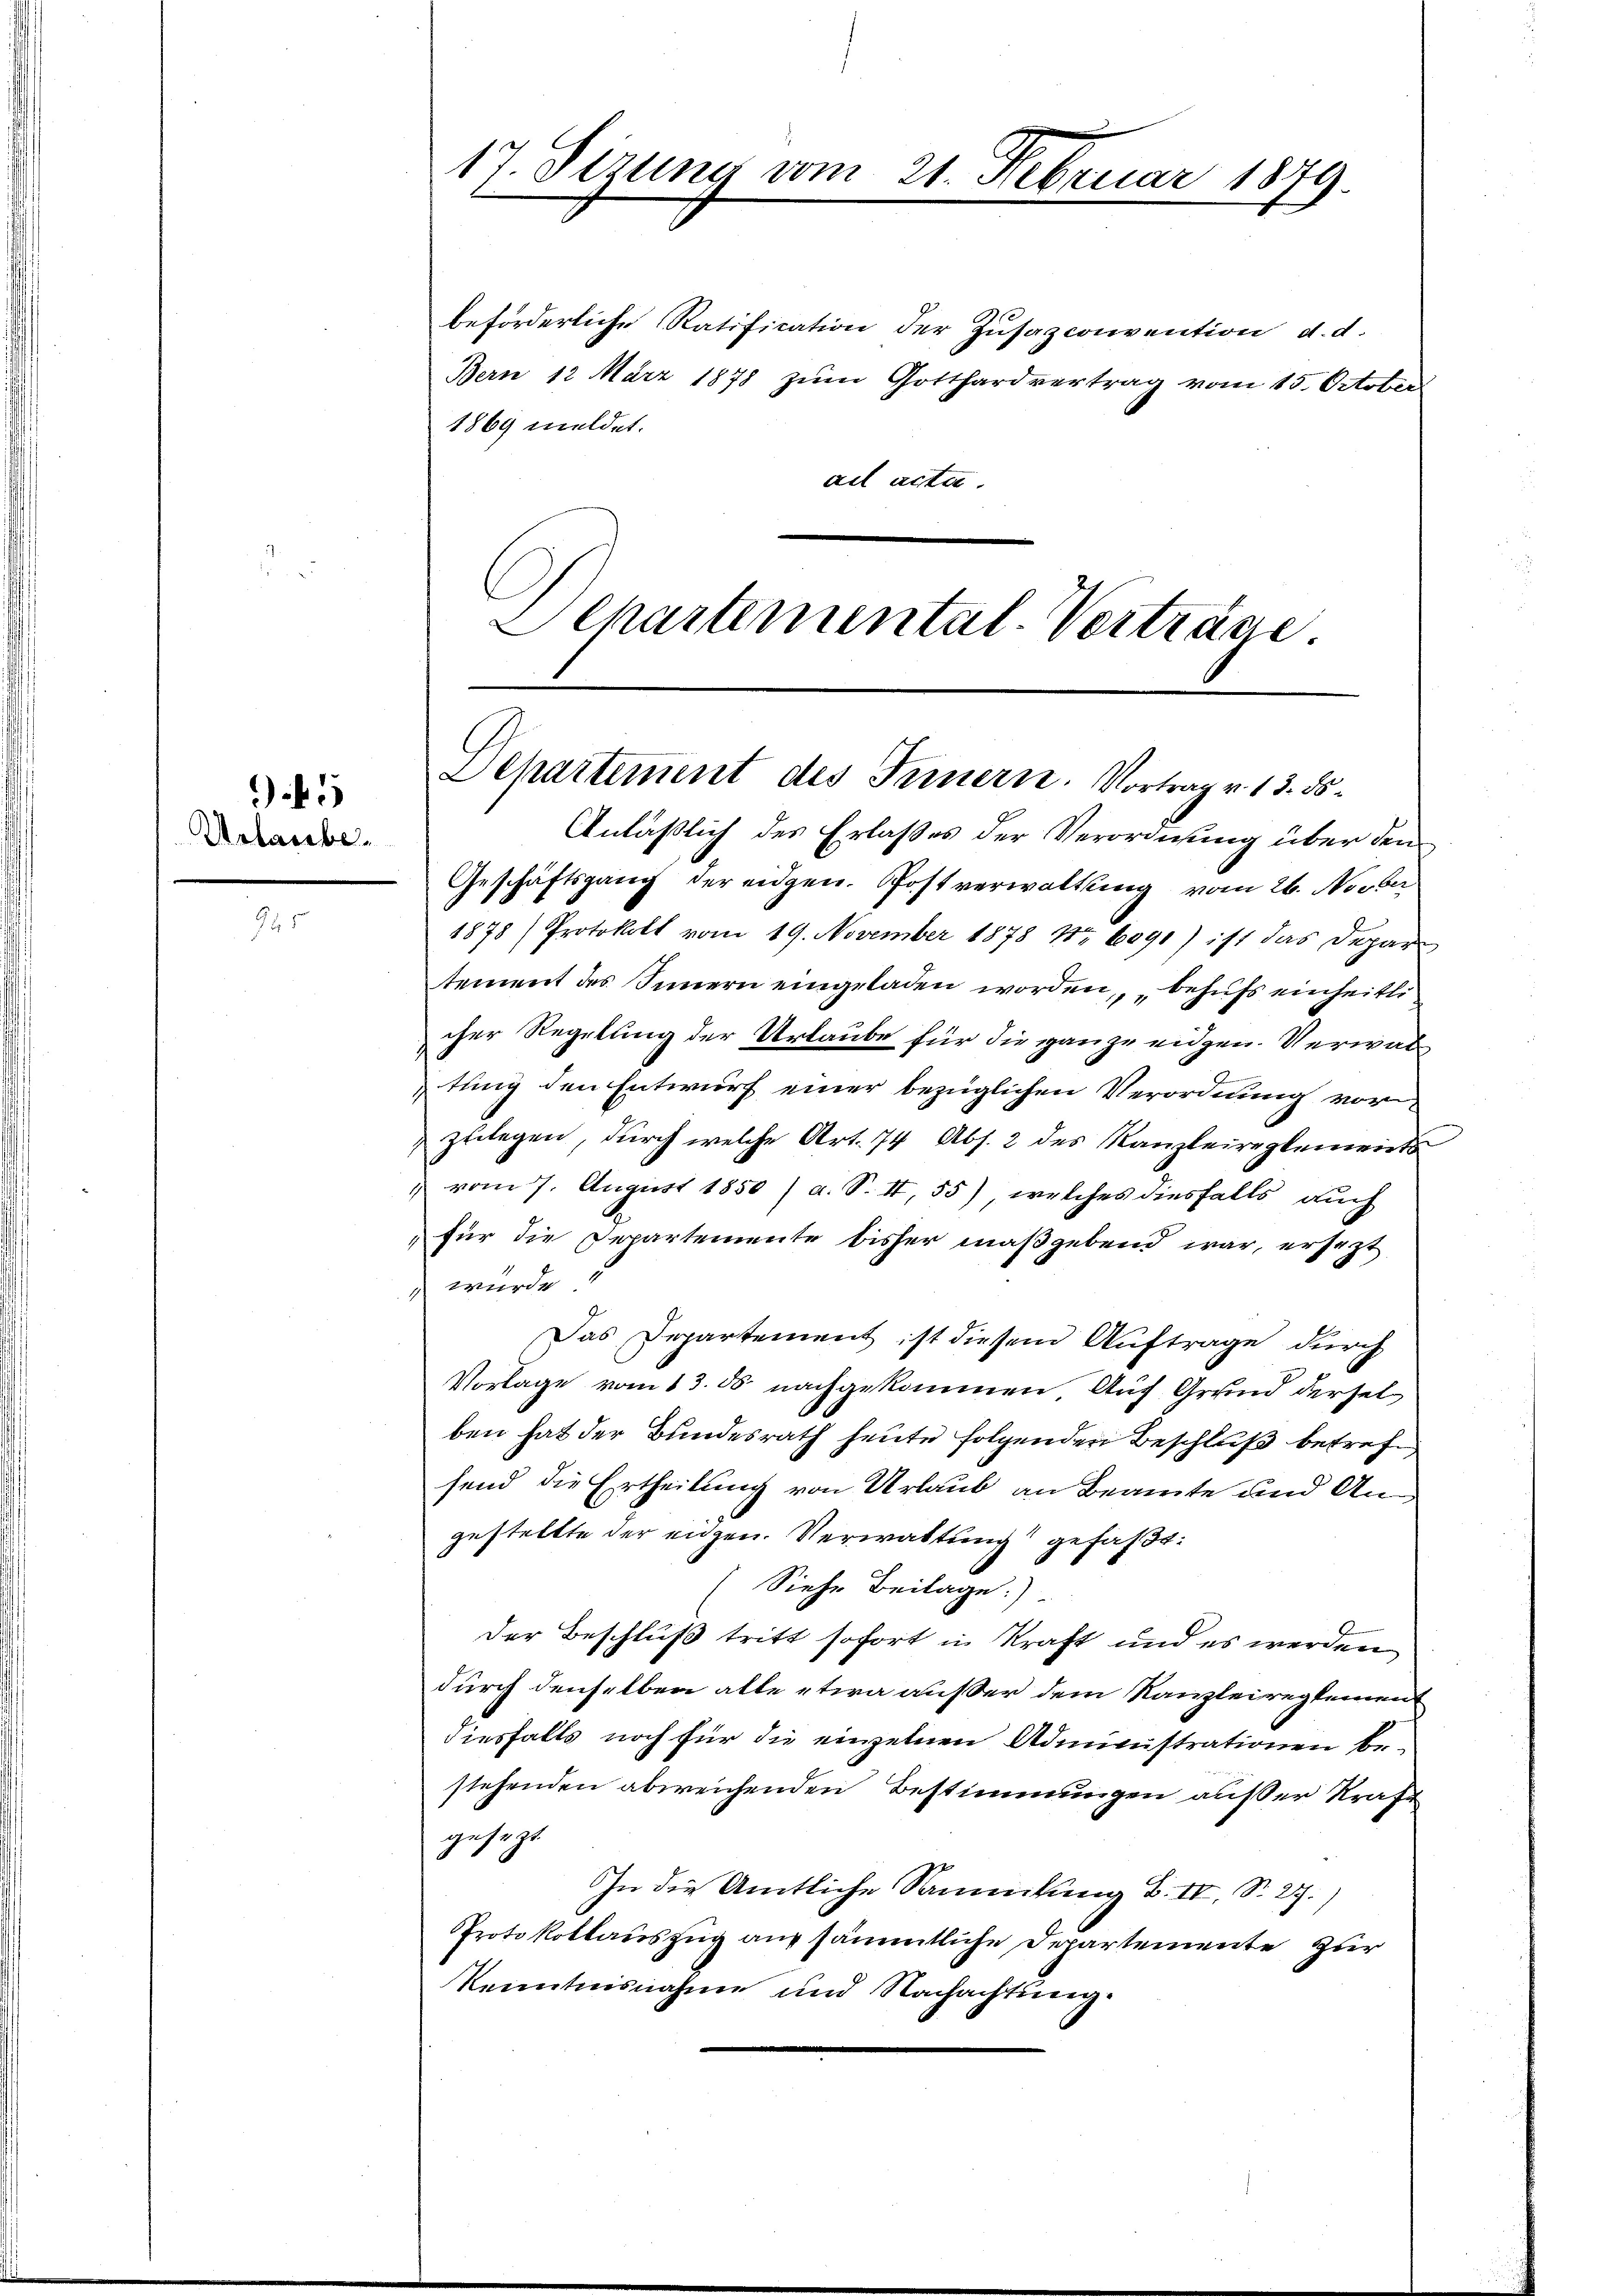
Urlaube.

95

Anläßlich des Erlaßes der Verordnung über den
Geschäftsgang der eidgen. Postverwaltung vom 26. Novber
1878) Protokoll vom 19. November 1878 Nr. 6091) ist das Depar
tement des Innern eingeladen worden, „behufs einheitli
cher Regelung der Urlaube für die ganze eidgen. Verwaltung den Entwurf einer bezüglichen Verordnung vorzulegen, durch welche Art. 74 Abs. 2 des Kanzleireglements
 vom 7. August 1850 / a. S. II, 55), welches diesfalls auch
für die Departemente bisher maßgebend war, ersezt
1 wurde 1
Das Departement ist diesem Auftrage durch
Vorlage vom 13. ds nachgekommen, Auf Grund dersel
ben hat der Bundesrath heute folgenden Beschluß betrefsend die Ertheilung von Urlaub an Beamte und Angestellte der engen. Verwaltung gefaßt:
Siehe Beilage).
der Beschluß tritt sofort in Kraft und es werden
durch denselben alle etwa außer dem Kanzleireglemen
diesfalls noch für die einzelnen Administrationen bestehenden abweichenden Bestimmungen außer Strafe
gesezt.
In die Amtliche Sammlung B. IV, S. 27.)
Protokollauszug auf sämmtliche Departemente zur
Kenntnisnahme und Nachachtung.

17. Sizung vom

21. Februar 1879.

beförderliche Ratification der Zusazconvention d. d.
Bern 12 März 1878 zum Gotthardvertrag vom 15. October
1869 meldet.
ad acta.
LChartemental-Verträge.

Departement des Innern. Vortrag v. 13. ds.